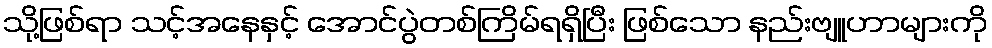
သို့ဖြစ်ရာ သင့်အနေနှင့် အောင်ပွဲတစ်ကြိမ်ရရှိပြီး ဖြစ်သော နည်းဗျူဟာများကို